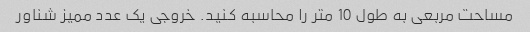
مساحت مربعی به طول 10 متر را محاسبه کنید. خروجی یک عدد ممیز شناور